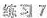
练习7